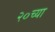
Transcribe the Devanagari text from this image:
२०च्या